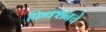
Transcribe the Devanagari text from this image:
फिक्शनचे